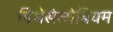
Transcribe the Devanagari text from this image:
पिथेसेलोबियम